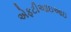
એફટીઆઇઆઇ